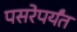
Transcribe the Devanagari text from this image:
पसरेपर्यंत